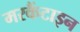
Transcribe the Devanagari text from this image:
मरकैंटाइन